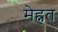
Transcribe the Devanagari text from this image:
मेह्नत